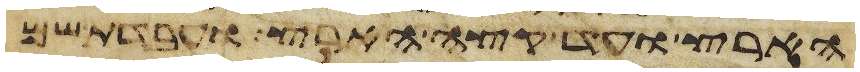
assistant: הארץ ועד קצה הארץ ועבדת שם